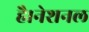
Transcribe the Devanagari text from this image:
है।नेशनल